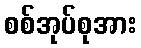
စစ်အုပ်စုအား